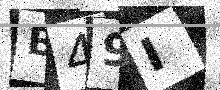
Text: B49I